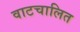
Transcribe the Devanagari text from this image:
वाटचालित